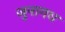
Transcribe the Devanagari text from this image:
जुनागध